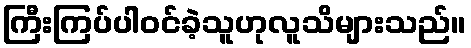
ကြီးကြပ်ပါဝင်ခဲ့သူဟုလူသိများသည်။